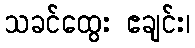
သခင်ထွေး ဧချင်း၊